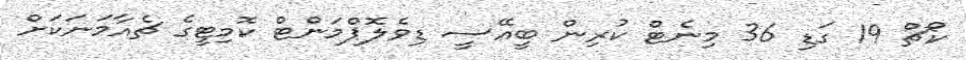
ކޯޗް 19 ގަޑި 36 މިނެޓް ކުރިން ބީއޭސީ ޑިވެލޮޕްމަންޓް ކޮމިޓީގެ ޗެއާމަނަކަށް